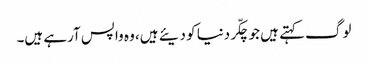
لوگ کہتے ہیں جو چکّر دنیا کو دیئے ہیں، وہ واپس آرہے ہیں۔